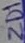
Text: ZD1